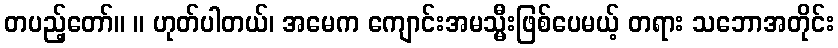
တပည့်တော်။ ။ ဟုတ်ပါတယ်၊ အမေက ကျောင်းအမသ္မီးဖြစ်ပေမယ့် တရား သဘောအတိုင်း